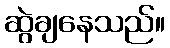
ဆွဲချနေသည်။